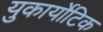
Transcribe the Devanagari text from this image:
युकार्योटिक